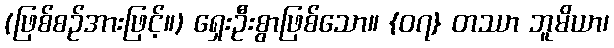
(ဖြစ်စဉ်အားဖြင့်။) ရှေးဦးစွာဖြစ်သော။ {၀၇} တဿာ ဘူမိယာ၊